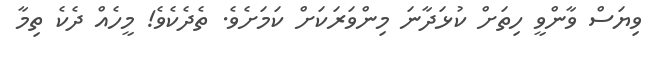
ވިޔަސް ވާންވީ ހިތަށް ކުޅަދާނަ މިންވަރަކަށް ކަމަށެވެ. ތެދެކެވެ! މީހެއް ދެކެ ތިމާ